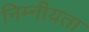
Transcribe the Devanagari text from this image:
निम्नीयता